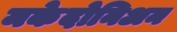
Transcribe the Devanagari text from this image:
मकेदोनिअन